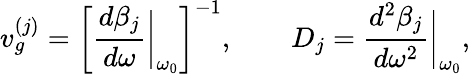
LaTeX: {v_{g}^{(j)}}=\left[\frac{d\beta_{j}}{d\omega}\bigg\rvert_{\omega_{0}}\right]^{-1},\qquad D_{j}=\frac{d^{2}\beta_{j}}{d\omega^{2}}\bigg\rvert_{\omega_{0}},